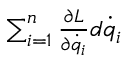
\textstyle \sum _ { i = 1 } ^ { n } { \frac { \partial L } { \partial { \dot { q } } _ { i } } } d { \dot { q } } _ { i }